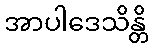
အာပါဒေသိန္တိ